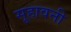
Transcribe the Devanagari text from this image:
सूहावनी